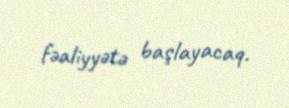
fəaliyyətə başlayacaq.